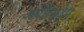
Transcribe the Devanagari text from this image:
अमेरिकोम